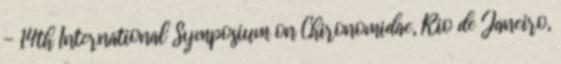
- 14th International Symposium on Chironomidae, Rio de Janeiro,